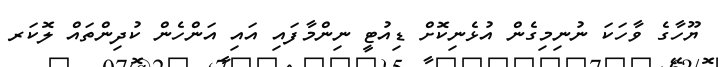
ޔޫހާގެ ވާހަކަ ނުނިމިގެން އުޅެނިކޮށް ޑިއުޓީ ނިންމާފައި އައި އަންހެން ކުދިންތައް ލޮކަރ